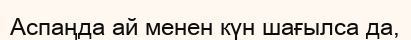
Аспаңда ай менен күн шағылса да,